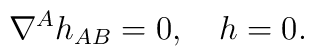
\nabla^A h_{AB} = 0, \hspace{1em} h = 0.